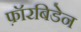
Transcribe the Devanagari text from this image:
फ़ॉरबिडेन